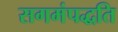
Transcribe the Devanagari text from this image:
सगमंपद्धति